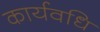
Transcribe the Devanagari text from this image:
कार्यवधि